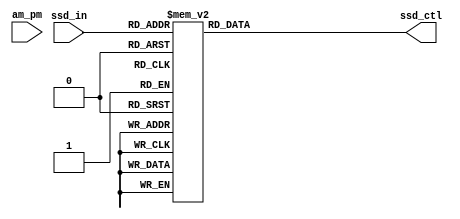
`timescale 1ns / 1ps


`define SS_0 8'b00000011
`define SS_1 8'b10011111
`define SS_2 8'b00100101
`define SS_3 8'b00001101
`define SS_4 8'b10011001
`define SS_5 8'b01001001
`define SS_6 8'b01000001
`define SS_7 8'b00011111
`define SS_8 8'b00000001
`define SS_9 8'b00001001
`define SS_F 8'b01110001

module Display(
    input [3:0]ssd_in,
    input am_pm,
    output reg [7:0] ssd_ctl
    );
    
always @*
    begin
      case (ssd_in)
        4'd0: ssd_ctl= `SS_0;
        4'd1: ssd_ctl = `SS_1;
        4'd2: ssd_ctl = `SS_2;
        4'd3: ssd_ctl = `SS_3;
        4'd4: ssd_ctl = `SS_4;
        4'd5: ssd_ctl = `SS_5;
        4'd6: ssd_ctl = `SS_6;
        4'd7: ssd_ctl = `SS_7;
        4'd8: ssd_ctl = `SS_8;
        4'd9: ssd_ctl = `SS_9;
        default: ssd_ctl = `SS_9;
        endcase
   end
             
endmodule